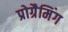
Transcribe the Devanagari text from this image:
प्रोग्रैमिंग